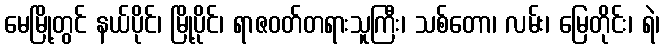
မေမြို့တွင် နယ်ပိုင်၊ မြို့ပိုင်၊ ရာဇဝတ်တရားသူကြီး၊ သစ်တော၊ လမ်း၊ မြေတိုင်း၊ ရဲ၊